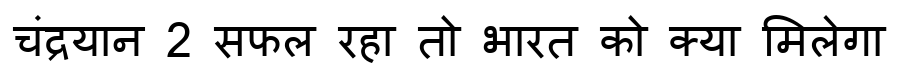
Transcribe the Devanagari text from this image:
चंद्रयान 2 सफल रहा तो भारत को क्या मिलेगा